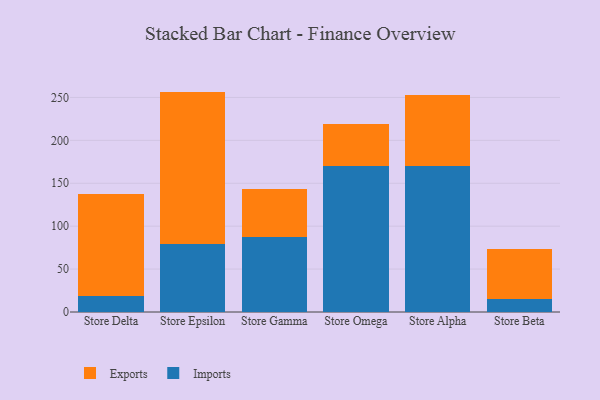
{"axis": {"x": "Store", "y": "Energy Usage (MWh)"}, "legend": ["Exports", "Imports"], "data": [{"x": "Store Delta", "y": 18.9, "type": "Imports"}, {"x": "Store Delta", "y": 118.3, "type": "Exports"}, {"x": "Store Epsilon", "y": 79.4, "type": "Imports"}, {"x": "Store Epsilon", "y": 177.4, "type": "Exports"}, {"x": "Store Gamma", "y": 87.1, "type": "Imports"}, {"x": "Store Gamma", "y": 56.5, "type": "Exports"}, {"x": "Store Omega", "y": 170.0, "type": "Imports"}, {"x": "Store Omega", "y": 49.2, "type": "Exports"}, {"x": "Store Alpha", "y": 170.4, "type": "Imports"}, {"x": "Store Alpha", "y": 82.0, "type": "Exports"}, {"x": "Store Beta", "y": 14.7, "type": "Imports"}, {"x": "Store Beta", "y": 58.7, "type": "Exports"}]}